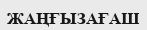
ЖАҢҒЫЗАҒАШ